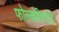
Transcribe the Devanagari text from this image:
फोल्कफिरांडे